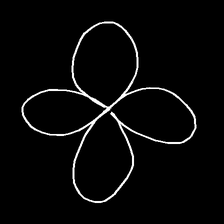
Glyph: billowing